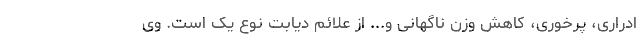
ادراری، پرخوری، کاهش وزن ناگهانی و... از علائم دیابت نوع یک است. وی